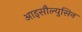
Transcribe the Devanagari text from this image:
आइसौल्युसिन